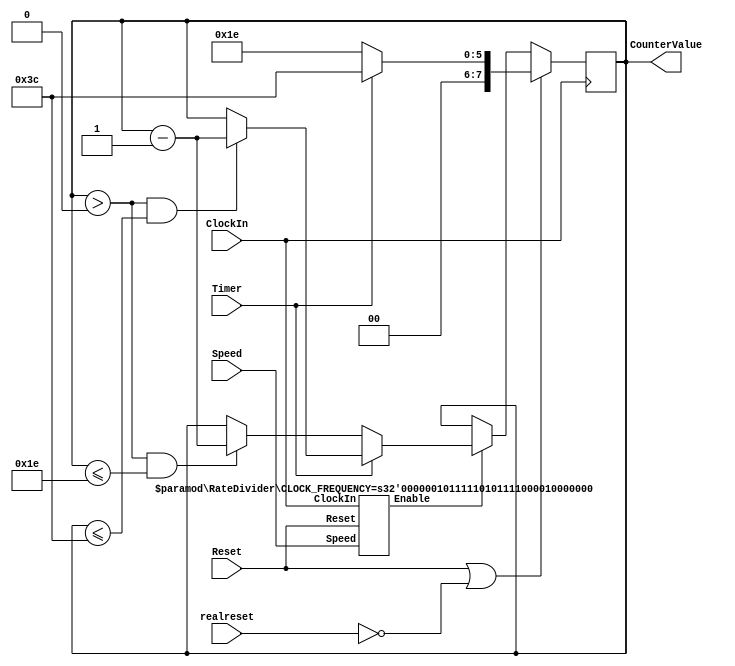


module Countdown #(parameter CLOCK_FREQUENCY = 50000000)(
	input ClockIn,
	input realreset,
	input Reset,
	input Speed,//1 is each second 0 is each clock
	output reg[7:0] CounterValue,
	input [0:0] Timer
);
	wire enable;

	RateDivider #(CLOCK_FREQUENCY)firstdivider(ClockIn, Reset, Speed, enable);

	always@(posedge ClockIn)
		begin
			if(Reset==1|!realreset)
				begin
					if(Timer==1'b1)
						begin
							CounterValue<=7'd60;
						end
					else
						begin
							CounterValue<=7'd30;
						end
				end
			else if(enable)
				begin
					if(Timer==1'b1)
						begin
						if(CounterValue>0&CounterValue<= 7'd60)
							CounterValue <= CounterValue -1;
						end
					else if(Timer==1'b0)
						begin
						if(CounterValue>0&CounterValue<= 7'd30)
							CounterValue <= CounterValue -1;
						end
					else
						CounterValue<=0;
				end
		end
	

endmodule

module RateDivider #(parameter CLOCK_FREQUENCY = 50000000)(input ClockIn, input Reset, input Speed, output Enable);

	reg[27:0] downCount;
	
	always@(posedge ClockIn)
		begin
			if ((Reset== 1'b1) ||(downCount==27'd0))
				begin
					if(Speed==1'b1)
						downCount<= CLOCK_FREQUENCY-1;
					else
						downCount<= 27'd0;
				end
			else
				begin
					downCount<=downCount-1'b1;
				end

				
		end
	assign Enable=(downCount==27'd0)? 1'b1:1'b0;
endmodule
	

module hexdisplay(input [3:0]c, output[6:0]display);
	assign display[0] = (~((~c[0]|c[1]|c[2]|c[3])&(c[0]|c[1]|~c[2]|c[3])&(~c[0]|~c[1]|c[2]|~c[3])&(~c[0]|c[1]|~c[2]|~c[3])));
	
	assign display[1] = (~((~c[0]|c[1]|~c[2]|c[3])&(c[0]|~c[1]|~c[2]|c[3])&(~c[0]|~c[1]|c[2]|~c[3])&(c[0]|c[1]|~c[2]|~c[3])&(~c[0]|~c[1]|~c[2]|~c[3])&(c[0]|~c[1]|~c[2]|~c[3])));
	
	assign display[2] = (~((c[0]|~c[1]|c[2]|c[3])&(c[0]|c[1]|~c[2]|~c[3])&(~c[0]|~c[1]|~c[2]|~c[3])&(c[0]|~c[1]|~c[2]|~c[3])));
	
	assign display[3] = (~((~c[0]|c[1]|c[2]|c[3])&(c[0]|c[1]|~c[2]|c[3])&(~c[0]|~c[1]|~c[2]|c[3])&(c[0]|~c[1]|c[2]|~c[3])&(~c[0]|~c[1]|~c[2]|~c[3])));
	
	assign display[4] = (~((~c[0]|c[1]|c[2]|c[3])&(c[0]|c[1]|~c[2]|c[3])&(~c[0]|~c[1]|c[2]|c[3])&(~c[0]|c[1]|~c[2]|c[3])&(~c[0]|~c[1]|~c[2]|c[3])&(~c[0]|c[1]|c[2]|~c[3])));
	
	assign display[5] = (~((~c[0]|c[1]|c[2]|c[3])&(c[0]|~c[1]|c[2]|c[3])&(~c[0]|~c[1]|c[2]|c[3])&(~c[0]|~c[1]|~c[2]|c[3])&(~c[0]|c[1]|~c[2]|~c[3])));
	
	assign display[6] = (~((c[0]|c[1]|c[2]|c[3])&(~c[0]|c[1]|c[2]|c[3])&(~c[0]|~c[1]|~c[2]|c[3])&(c[0]|c[1]|~c[2]|~c[3])));
endmodule